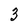
Character: 3